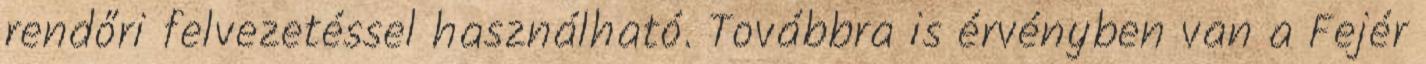
rendőri felvezetéssel használható. Továbbra is érvényben van a Fejér